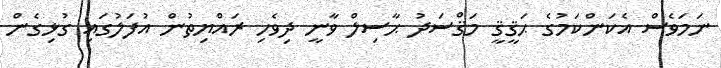
ނަމަވެސް އެކަންކަމުގެ ޙަޤީޤީ މަޤްސަދު ޙާސިލް ވާނީ ދިވެހި ރައްޔިތުން އުފަލުގައި ގުޅިގެން